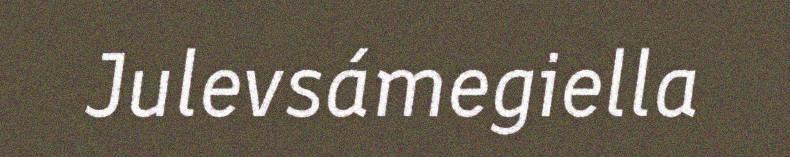
Julevsámegiella